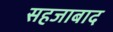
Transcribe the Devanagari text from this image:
सहजाबाद